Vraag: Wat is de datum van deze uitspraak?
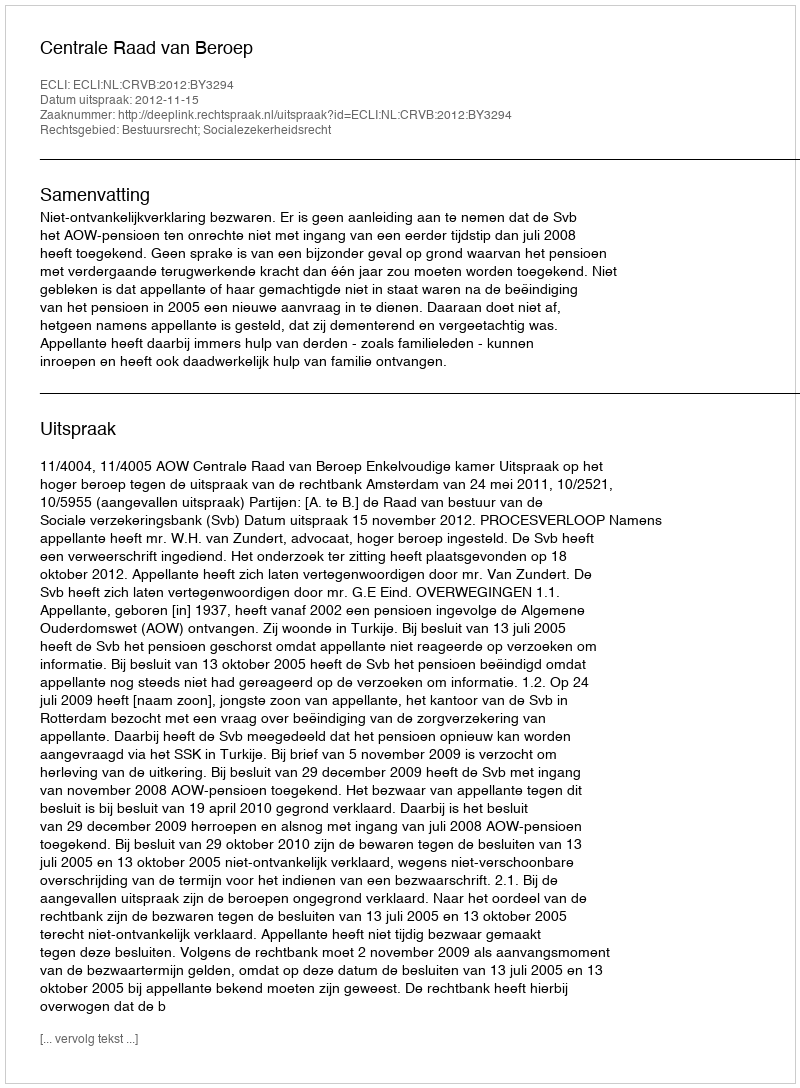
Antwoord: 2012-11-15